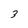
Character: 3